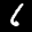
Label: 6